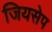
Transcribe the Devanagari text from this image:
जियसेप